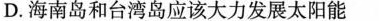
D.海南岛和台湾岛应该大力发展太阳能